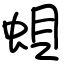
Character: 蛽